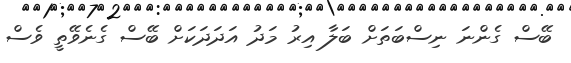
ބޭސް ގެންނަ ނިސްބަތަށް ބަލާ އިރު މަދު އަދަދަކަށް ބޭސް ގެނެވޭތީ ވެސް